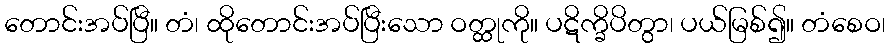
တောင်းအပ်ပြီ။ တံ၊ ထိုတောင်းအပ်ပြီးသော ဝတ္ထုကို။ ပဋိက္ခိပိတွာ၊ ပယ်မြစ်၍။ တံစေဝ၊